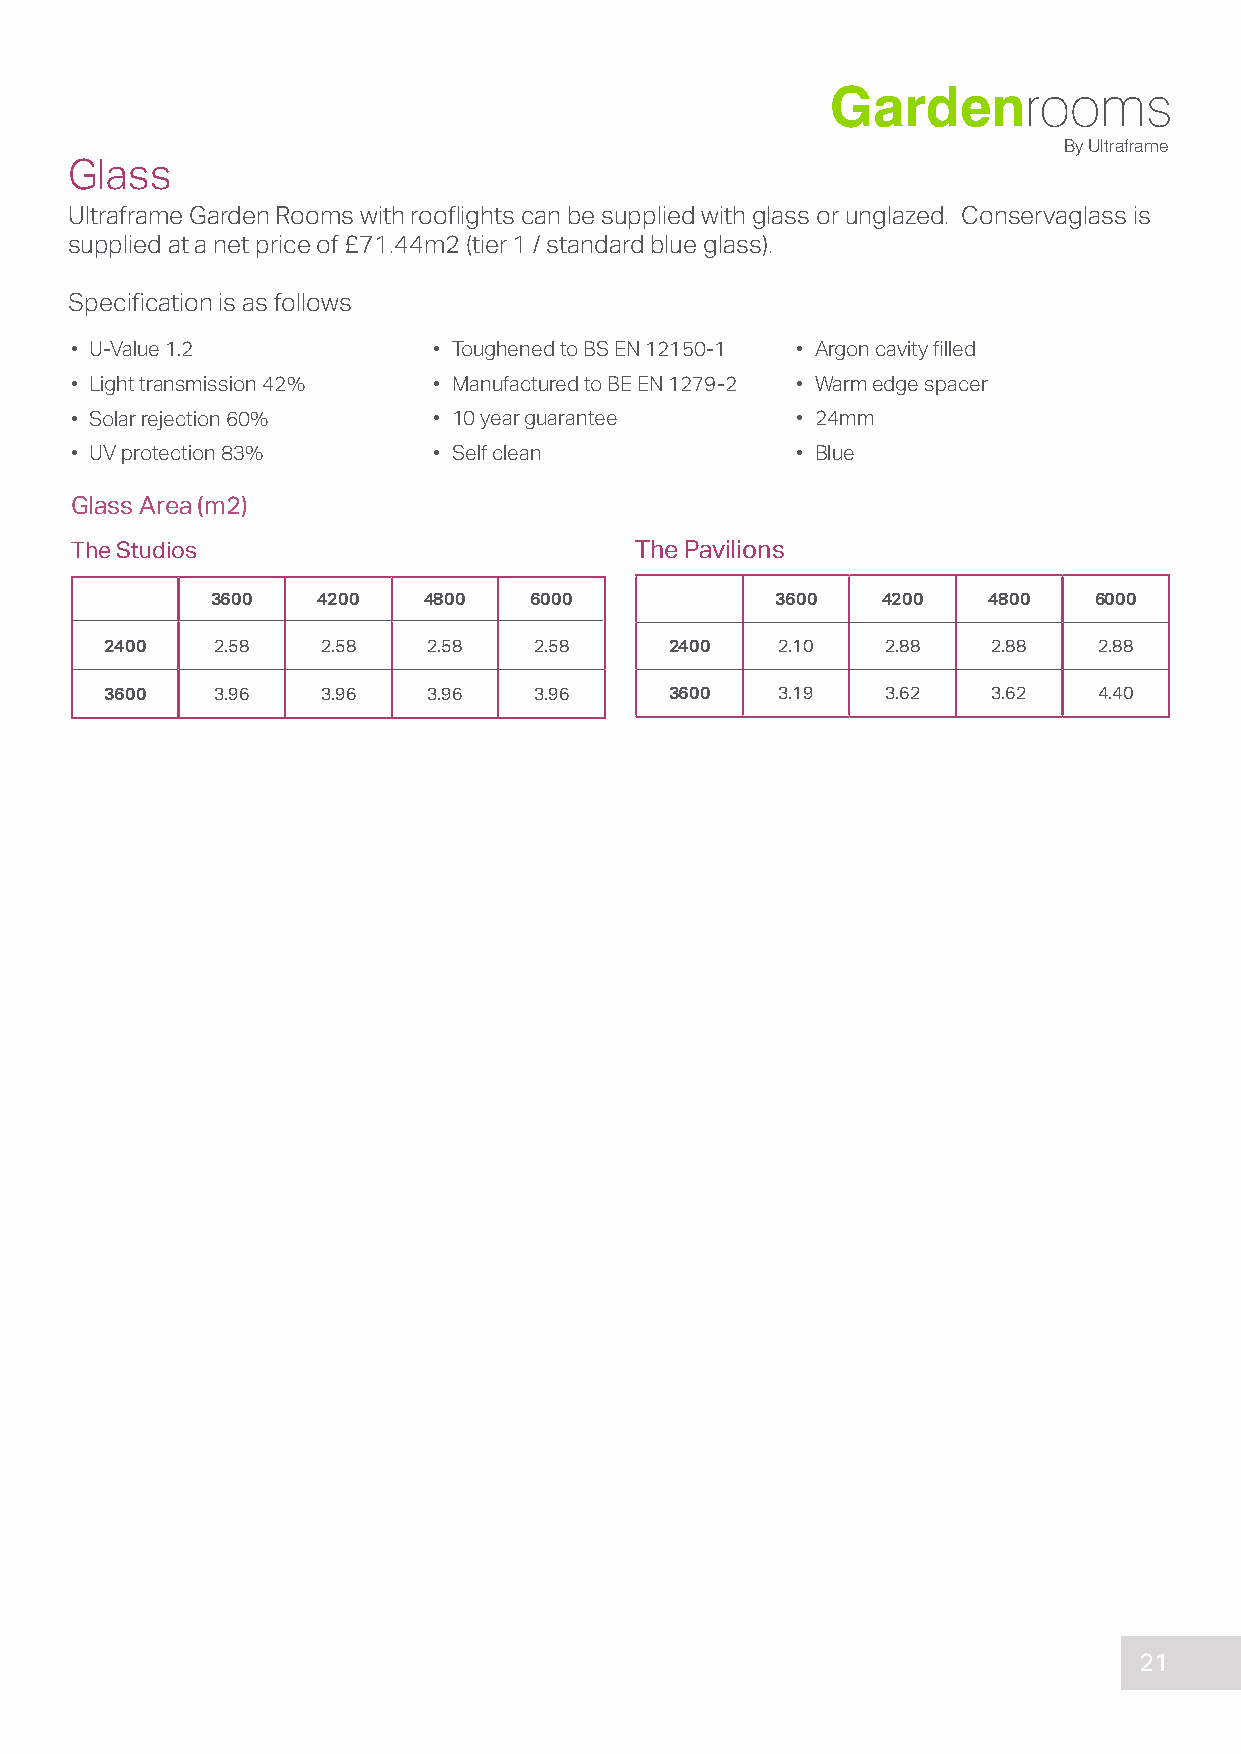
Gardenrooms
 By Ultraframe
 Glass
 Ultraframe Garden Rooms with rooflights can be supplied with glass or unglazed. Conservaglass is
 supplied at a net price of £71.44m2 (tier 1 / standard blue glass).
 Specification is as follows
 • U-Value 1.2           • Toughened to BS EN 12150-1 • Argon cavity filled
 • Light transmission 42% • Manufactured to BE EN 1279-2 • Warm edge spacer
 • Solar rejection 60%   • 10 year guarantee     • 24mm
 • UV protection 83%     • Self clean            • Blue
 Glass Area (m2)
 The Studios                          The Pavilions
 3600   4200   4800   6000            3600   4200   4800   6000
 2400   2.58   2.58   2.58   2.58     2400   2.10    2.88   2.88   2.88
 3600   3.96   3.96   3.96   3.96     3600   3.19    3.62   3.62   4.40
 21